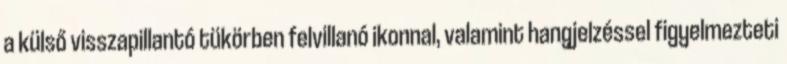
a külső visszapillantó tükörben felvillanó ikonnal, valamint hangjelzéssel figyelmezteti